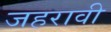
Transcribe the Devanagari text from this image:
जहरावी